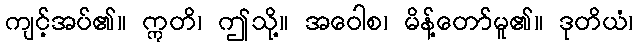
ကျင့်အပ်၏။ ဣတိ၊ ဤသို့။ အဝေါစ၊ မိန့်တော်မူ၏။ ဒုတိယံ၊